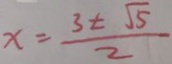
x = \frac { 3 \pm \sqrt { 5 } } { 2 }